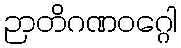
ဉာတိဂဏဝဂ္ဂေါ